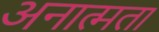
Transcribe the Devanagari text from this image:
अनात्मता